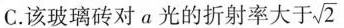
C.该玻璃砖对a光的折射率大于\sqrt{2}